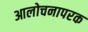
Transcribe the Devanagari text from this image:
आलोचनापरक